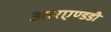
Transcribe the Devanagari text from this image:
आरएण्डडी